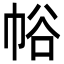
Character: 𢂲